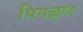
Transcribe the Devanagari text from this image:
पिपल्लाद